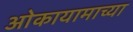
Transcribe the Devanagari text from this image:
ओकायामाच्या